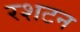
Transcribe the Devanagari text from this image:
रशटन